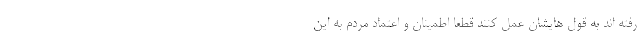
رفته اند به قول هایشان عمل کنند قطعا اطمینان و اعتماد مردم به این